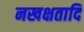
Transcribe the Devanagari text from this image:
नखक्षतादि